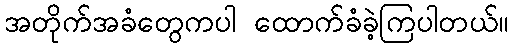
အတိုက်အခံတွေကပါ ထောက်ခံခဲ့ကြပါတယ်။